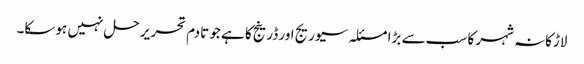
لاڑکانہ شہر کا سب سے بڑا مسئلہ سیوریج اور ڈرینج کا ہے جو تادم تحریر حل نہیں ہوسکا۔